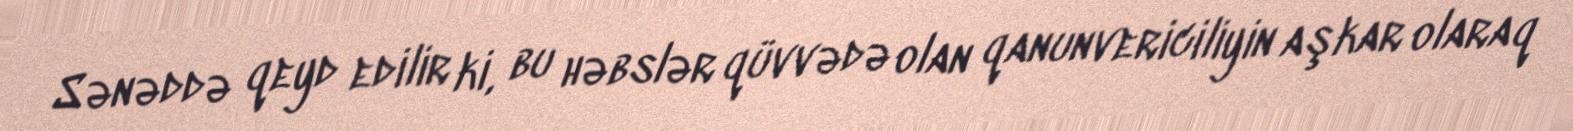
Sənəddə qeyd edilir ki, bu həbslər qüvvədə olan qanunvericiliyin aşkar olaraq